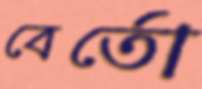
বের্তো